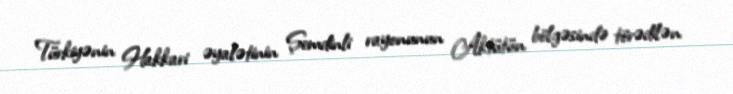
Türkiyənin Hakkari əyalətinin Şemdinli rayonunun Aktütün bölgəsində törədilən